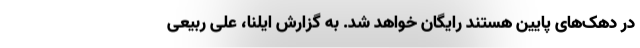
در دهک‌های پایین هستند رایگان خواهد شد. به گزارش ایلنا، علی ربیعی